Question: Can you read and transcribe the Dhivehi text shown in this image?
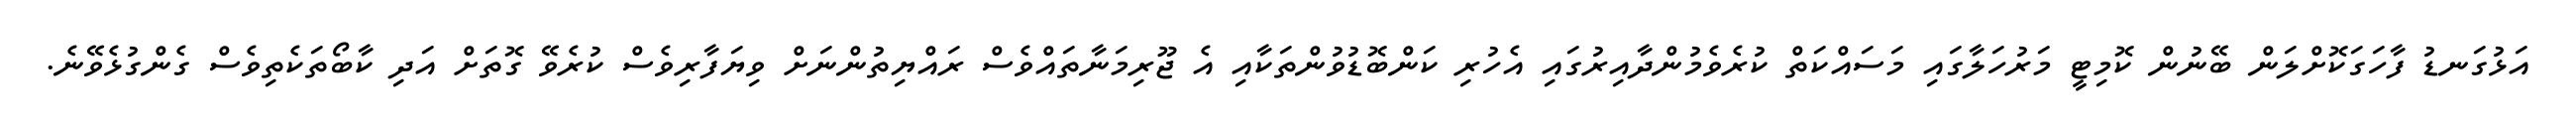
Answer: އަޅުގަނޑު ފާހަގަކޮށްލަން ބޭނުން ކޮމިޓީ މަރުހަލާގައި މަސައްކަތް ކުރެވެމުންދާއިރުގައި އެހުރި ކަންބޮޑުވުންތަކާއި އެ ޖޫރިމަނާތައްވެސް ރައްޔިތުންނަށް ވިޔަފާރިވެސް ކުރެވޭ ގޮތަށް އަދި ކާބޯތަކެތިވެސް ގެންގުޅެވޭނެ.